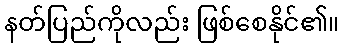
နတ်ပြည်ကိုလည်း ဖြစ်စေနိုင်၏။